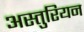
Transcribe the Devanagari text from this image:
अस्तुरियन